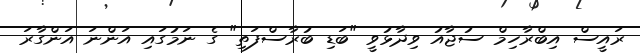
ރައީސް އިބްރާހިމް ސުޖާއު ވިދާޅުވީ "ބަޑި ބުރާސްފަތި" ގެ ނަމުގައި އަންނަ އަންގާރަ